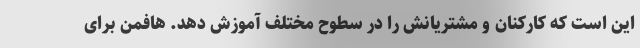
این است که کارکنان و مشتریانش را در سطوح مختلف آموزش دهد. هافمن برای